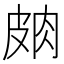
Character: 𱲃